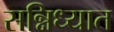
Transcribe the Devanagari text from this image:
सन्निध्यात